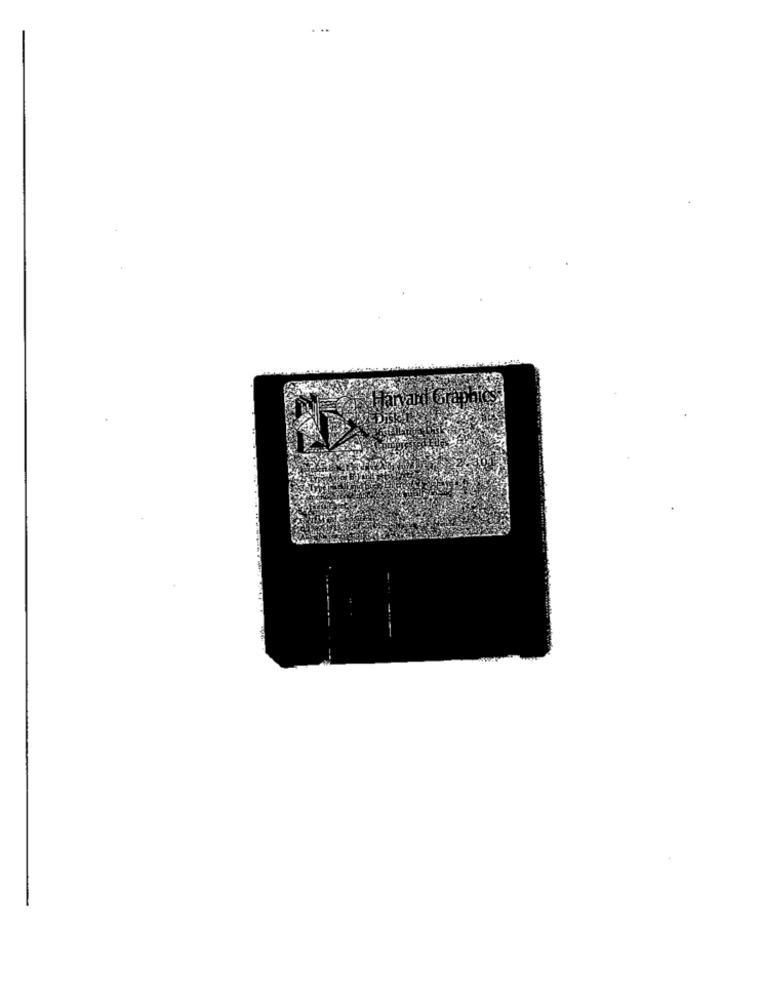
...
Graphics